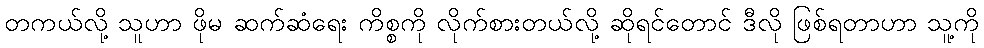
တကယ်လို့ သူဟာ ဖိုမ ဆက်ဆံရေး ကိစ္စကို လိုက်စားတယ်လို့ ဆိုရင်တောင် ဒီလို ဖြစ်ရတာဟာ သူ့ကို